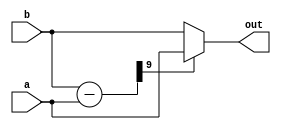
 `timescale 1 ns/100 ps	// time unit = 1ns; precision = 1/10 ns
 /* max2
  * max2.v
  *
  * Combinational logic to select the larger signal of the two
  */
module max2 (
    a,
    b,
    out
);
    parameter WIDTH = 10;
    
    input   [WIDTH-1:0] a;
    input   [WIDTH-1:0] b;
    output  [WIDTH-1:0] out;
	
	wire    [WIDTH-1:0] diff = b-a;
    
    assign out = (diff[WIDTH-1]) ? a : b;
endmodule